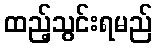
ထည့်သွင်းရမည်